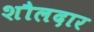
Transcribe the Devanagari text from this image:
शौलदार